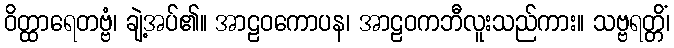
ဝိတ္ထာရေတဗ္ဗံ၊ ချဲ့အပ်၏။ အာဠဝကောပန၊ အာဠဝကဘီလူးသည်ကား။ သဗ္ဗရတ္တိံ၊